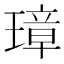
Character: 璋